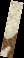
premendo